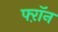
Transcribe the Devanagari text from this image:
फ्ऱॉन